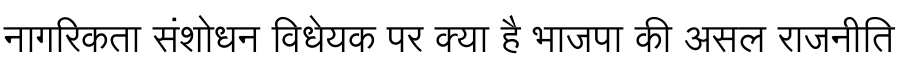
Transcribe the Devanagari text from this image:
नागरिकता संशोधन विधेयक पर क्या है भाजपा की असल राजनीति